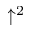
\uparrow ^ { 2 }